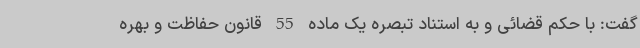
گفت: با حکم قضائی و به استناد تبصره یک ماده 55 قانون حفاظت و بهره